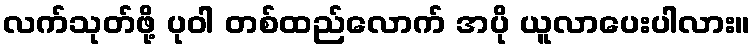
လက်သုတ်ဖို့ ပုဝါ တစ်ထည်လောက် အပို ယူလာပေးပါလား။